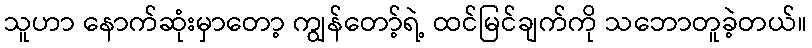
သူဟာ နောက်ဆုံးမှာတော့ ကျွန်တော့်ရဲ့ ထင်မြင်ချက်ကို သဘောတူခဲ့တယ်။